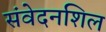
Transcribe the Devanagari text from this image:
संवेदनशिल